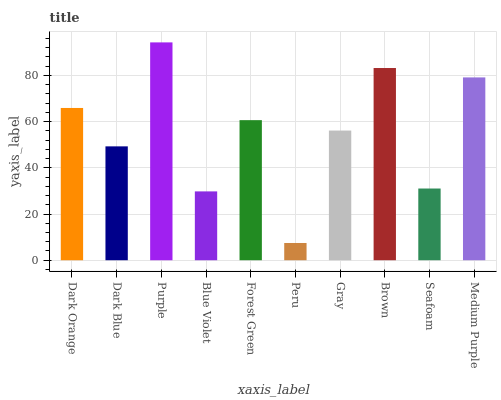
| xaxis_label | bars |
 | --- | --- |
 | Dark Orange | 65.9 |
 | Dark Blue | 49.3 |
 | Purple | 94.3 |
 | Blue Violet | 29.8 |
 | Forest Green | 60.7 |
 | Peru | 7.46 |
 | Gray | 56.2 |
 | Brown | 83.2 |
 | Seafoam | 31 |
 | Medium Purple | 79.2 |